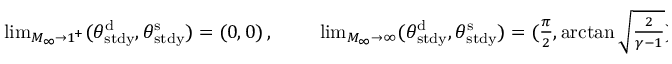
\begin{array} { r } { \operatorname* { l i m } _ { M _ { \infty } \to 1 ^ { + } } ( \theta _ { \mathrm { s t d y } } ^ { \mathrm { d } } , \theta _ { \mathrm { s t d y } } ^ { \mathrm { s } } ) = ( 0 , 0 ) \, , \qquad \, \, \operatorname* { l i m } _ { M _ { \infty } \to \infty } ( \theta _ { \mathrm { s t d y } } ^ { \mathrm { d } } , \theta _ { \mathrm { s t d y } } ^ { \mathrm { s } } ) = ( \frac { \pi } { 2 } , \arctan { \sqrt { \frac { 2 } { \gamma - 1 } } } ) \, . } \end{array}